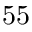
5 5